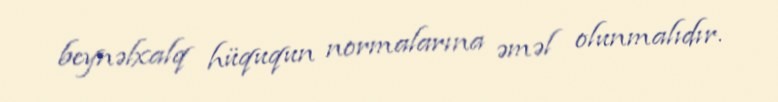
beynəlxalq hüququn normalarına əməl olunmalıdır.